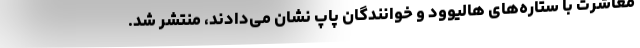
معاشرت با ستاره‌های هالیوود و خوانندگان پاپ نشان می‌دادند، منتشر شد.